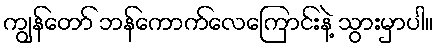
ကျွန်တော် ဘန်ကောက်လေကြောင်းနဲ့ သွားမှာပါ။